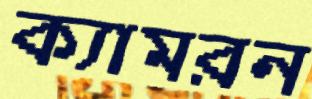
ক্যামরন